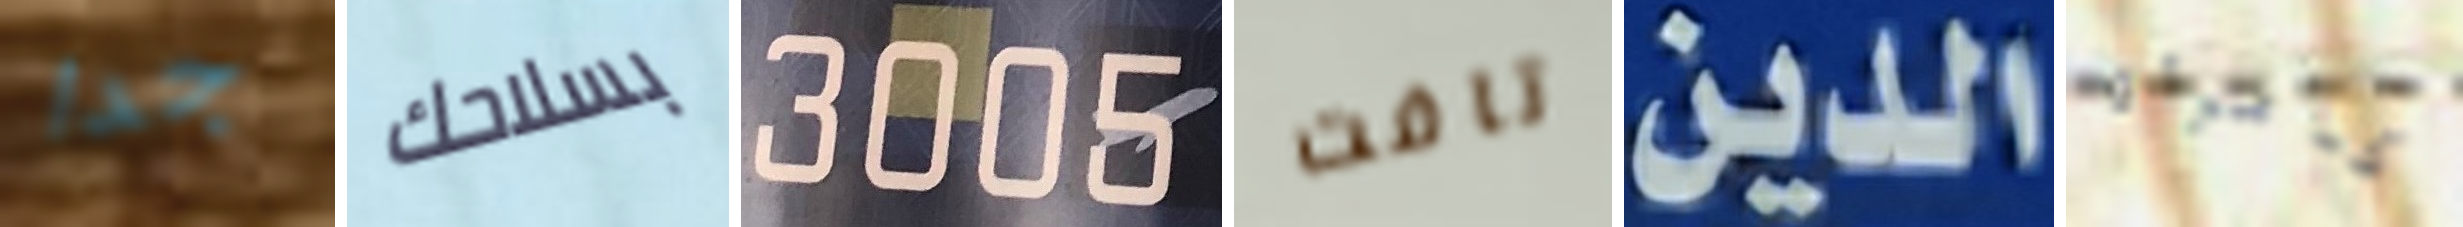
جدا بسلاحك 3005 تافت الدين كامرأة